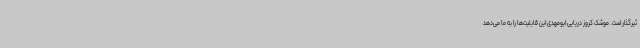
ثیرگذار است. موشک کروز دریایی ابومهدی این قابلیت‌ها را به ما می‌دهد